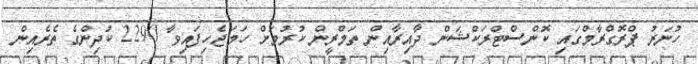
ހުނަރު ޕްރޮގްރާމްގައި ކޮންސްޓްރަކްޝަން ދާއިރާއިން ތަމްރީން ކުރުމަށް ހަމަޖެހިފައިވާ 2290 ކުދިންގެ ތެރެއިން